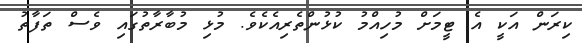
ކިރަން އަކީ އެ ޓީމަށް މުހިއްމު ކުޅުންތެރިއެކެވެ. މުޅި މުބާރާތުގައި ވެސް ތަފާތު